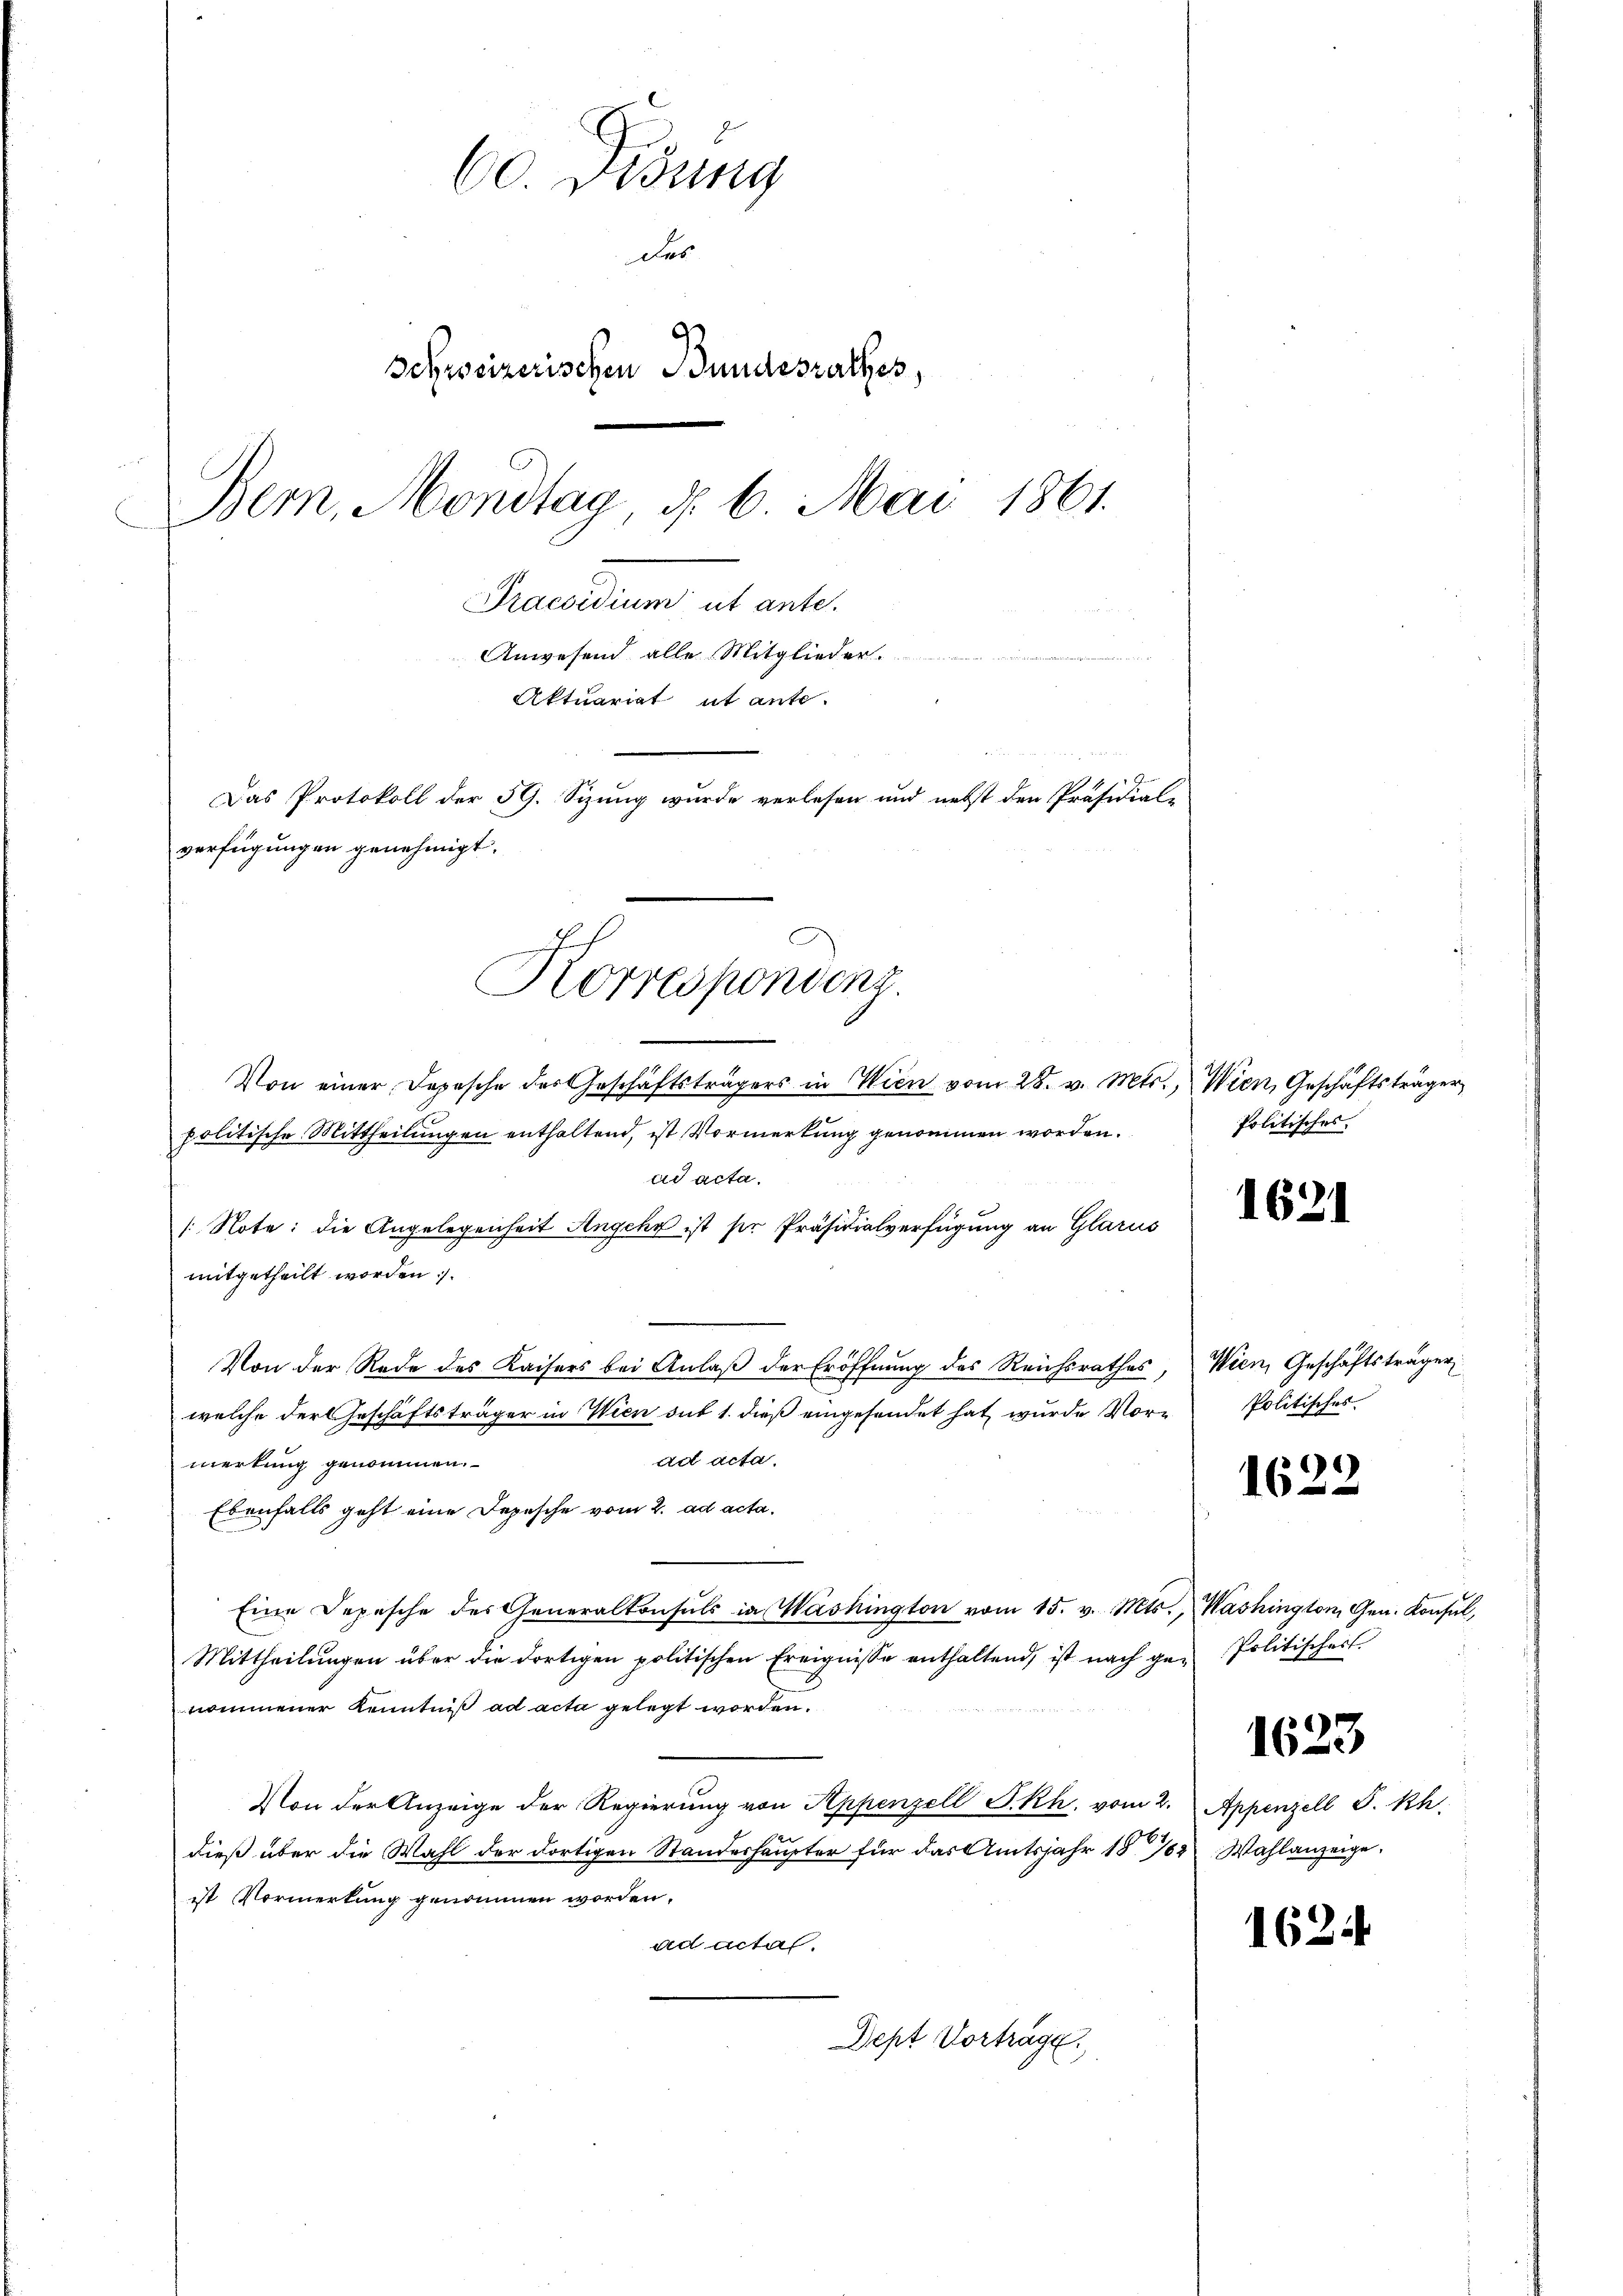
60. Didung
des
schweizerischen Bundesrathes,
Bern, Mondtag, d. 6. Mai 1861.
Praesidium ut ante.
Anwesend alle Mitglieder
Aktuariat ut ante-
Das Protokoll der 59. Sizung wurde verlesen und nebst den Präsidial-
verfügungen genehmigt.
Korrespondenz.

Von einer Depesche des Geschäftsträgers in Wien vom 28. v. Mts., Wien, Geschäftsträger
politische Mittheilungen enthaltend, ist Vormerkung genommen worden.
ad acta.
[Note: die Angelegenheit Angchy ist sie Präsidialverfügung an Glarus
mitgetheilt worden.
Von der Rede des Kaisers bei Anlaß der Eröffnung des Reichsrathes,
welche der Geschäftsträger in Wien sub 1. dieß eingesendet hat, wurde Vorad acta.
merkung genommen.
Ebenfalls geht eine Depesche vom 2. ad acta.
Eine Depesche des Generalkonsuls in Washington vom 15. v. Mts., Washington, Gen. Konsul,
Mittheilŭngen über die dortigen politischen Ereignisse enthaltend, ist nach ge- Politischert
nommener Kenntniß ad acta gelegt worden.
Von der Anzeige der Regierŭng von Appenzell P.-Rh. vom 2. Appenzell S. Rh.
dieß über die Wahl der dortigen Standeshaupter für das Amtsjahr 1872 Wahlanzeigeist Vormerkung genommen worden.
ad actal.
Dept Vorträge.

Politisches

1621

Wien, Geschäftsträger
Politisches

1622

1623

162.